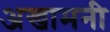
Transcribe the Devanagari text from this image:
अखामनी